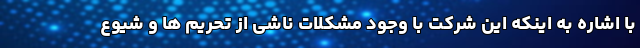
با اشاره به اینکه این شرکت با وجود مشکلات ناشی از تحریم ها و شیوع